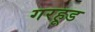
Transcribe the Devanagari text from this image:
गरहूड